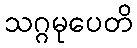
သဂ္ဂမုပေတိ